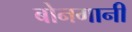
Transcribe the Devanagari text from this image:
बोनगानी